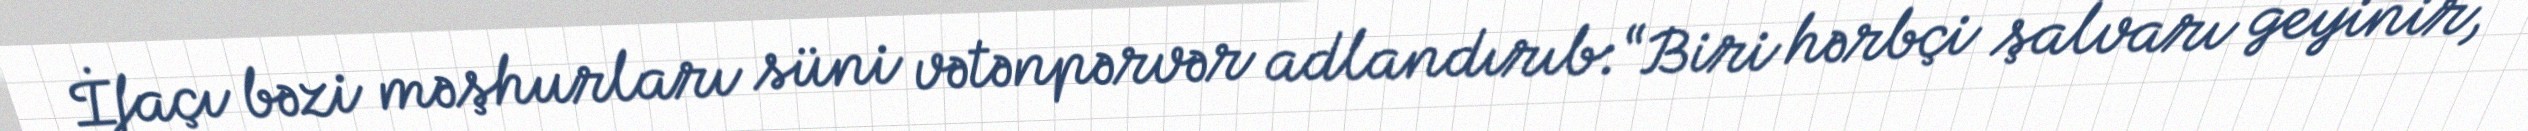
İfaçı bəzi məşhurları süni vətənpərvər adlandırıb:“Biri hərbçi şalvarı geyinir,